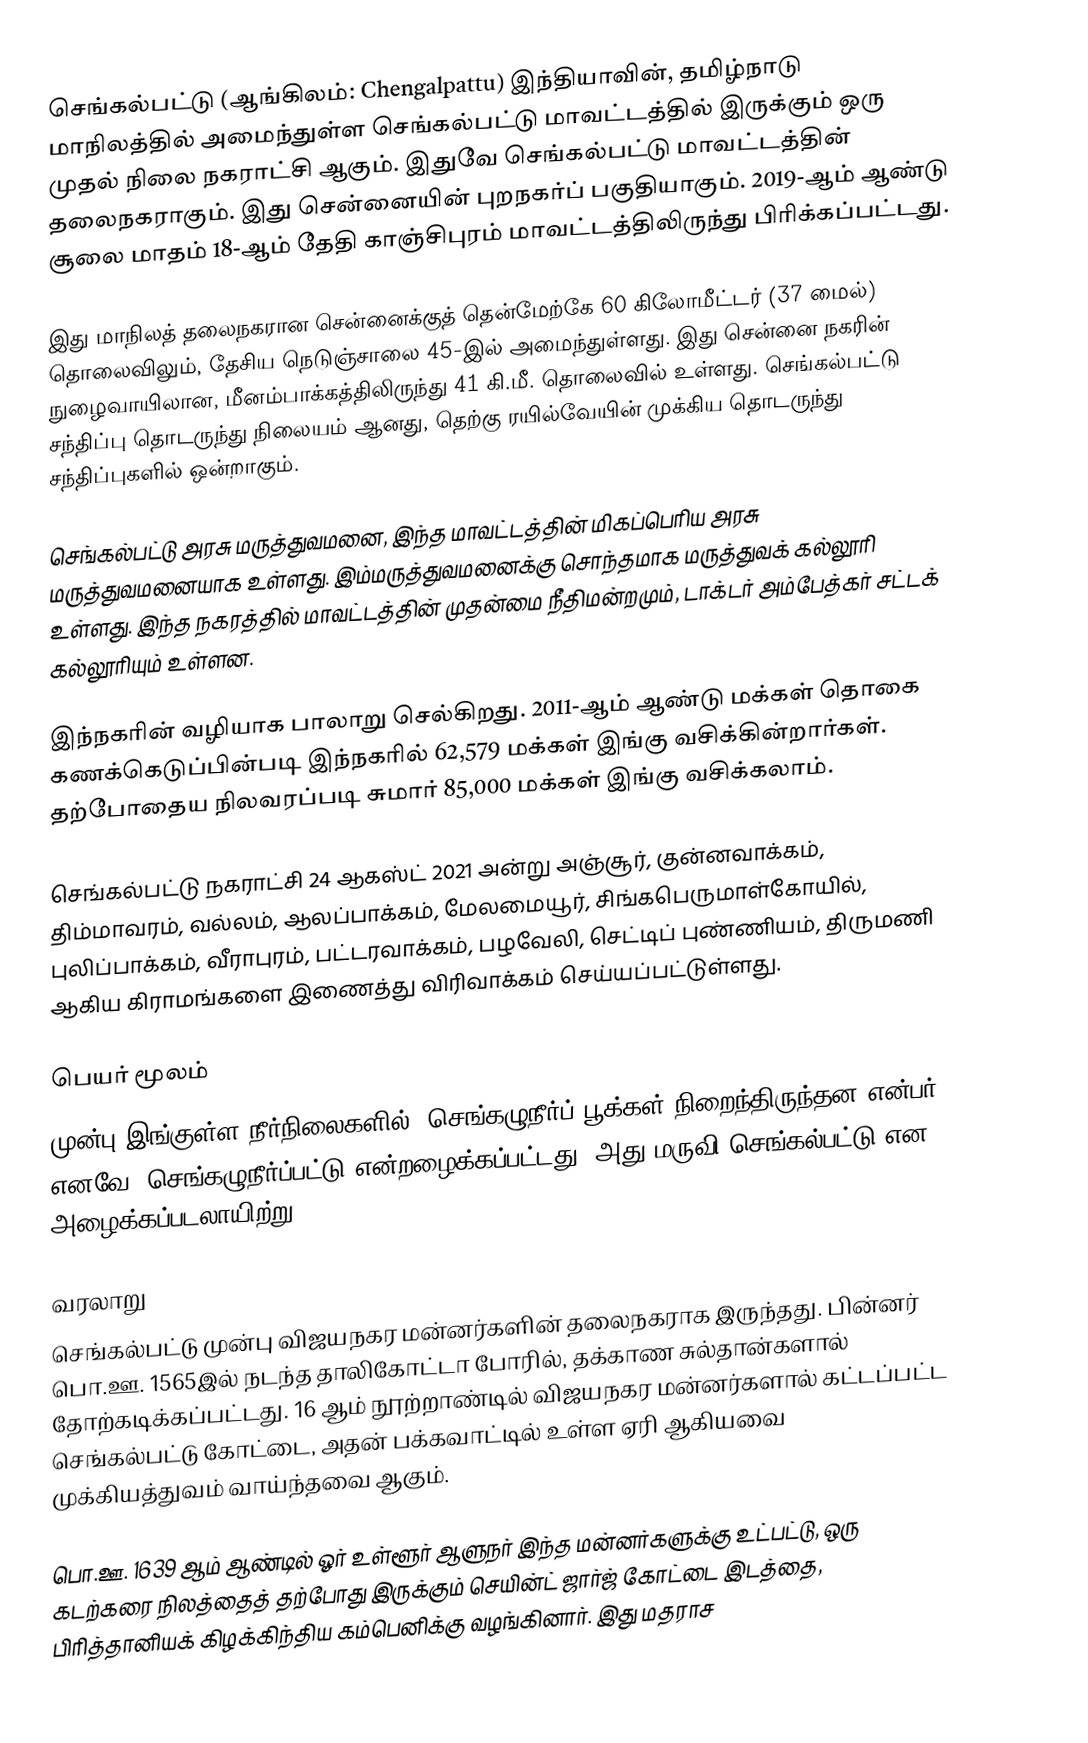
செங்கல்பட்டு (ஆங்கிலம்: Chengalpattu) இந்தியாவின், தமிழ்நாடு மாநிலத்தில் அமைந்துள்ள செங்கல்பட்டு மாவட்டத்தில் இருக்கும் ஒரு முதல் நிலை நகராட்சி ஆகும். இதுவே செங்கல்பட்டு மாவட்டத்தின் தலைநகராகும். இது சென்னையின் புறநகர்ப் பகுதியாகும். 2019-ஆம் ஆண்டு சூலை மாதம் 18-ஆம் தேதி காஞ்சிபுரம் மாவட்டத்திலிருந்து பிரிக்கப்பட்டது.

இது மாநிலத் தலைநகரான சென்னைக்குத் தென்மேற்கே 60 கிலோமீட்டர் (37 மைல்) தொலைவிலும், தேசிய நெடுஞ்சாலை 45-இல் அமைந்துள்ளது. இது சென்னை நகரின் நுழைவாயிலான, மீனம்பாக்கத்திலிருந்து 41 கி.மீ. தொலைவில் உள்ளது. செங்கல்பட்டு சந்திப்பு தொடருந்து நிலையம் ஆனது, தெற்கு ரயில்வேயின் முக்கிய தொடருந்து சந்திப்புகளில் ஒன்றாகும்.

செங்கல்பட்டு அரசு மருத்துவமனை, இந்த மாவட்டத்தின் மிகப்பெரிய அரசு மருத்துவமனையாக உள்ளது. இம்மருத்துவமனைக்கு சொந்தமாக மருத்துவக் கல்லூரி உள்ளது. இந்த நகரத்தில் மாவட்டத்தின் முதன்மை நீதிமன்றமும், டாக்டர் அம்பேத்கர் சட்டக் கல்லூரியும் உள்ளன.

இந்நகரின் வழியாக பாலாறு செல்கிறது. 2011-ஆம் ஆண்டு மக்கள் தொகை கணக்கெடுப்பின்படி இந்நகரில் 62,579 மக்கள் இங்கு வசிக்கின்றார்கள். தற்போதைய நிலவரப்படி சுமார் 85,000 மக்கள் இங்கு வசிக்கலாம்.

செங்கல்பட்டு நகராட்சி 24 ஆகஸ்ட் 2021 அன்று அஞ்சூர், குன்னவாக்கம், திம்மாவரம், வல்லம், ஆலப்பாக்கம், மேலமையூர், சிங்கபெருமாள்கோயில், புலிப்பாக்கம், வீராபுரம், பட்டரவாக்கம், பழவேலி, செட்டிப் புண்ணியம், திருமணி ஆகிய கிராமங்களை இணைத்து விரிவாக்கம் செய்யப்பட்டுள்ளது.

பெயர் மூலம்
முன்பு இங்குள்ள நீர்நிலைகளில், செங்கழுநீர்ப் பூக்கள் நிறைந்திருந்தன என்பர். எனவே, செங்கழுநீர்ப்பட்டு என்றழைக்கப்பட்டது. அது மருவி செங்கல்பட்டு என அழைக்கப்படலாயிற்று.

வரலாறு
செங்கல்பட்டு முன்பு விஜயநகர மன்னர்களின் தலைநகராக இருந்தது. பின்னர் பொ.ஊ. 1565இல் நடந்த தாலிகோட்டா போரில், தக்காண சுல்தான்களால் தோற்கடிக்கப்பட்டது. 16 ஆம் நூற்றாண்டில் விஜயநகர மன்னர்களால் கட்டப்பட்ட செங்கல்பட்டு கோட்டை, அதன் பக்கவாட்டில் உள்ள ஏரி ஆகியவை முக்கியத்துவம் வாய்ந்தவை ஆகும்.

பொ.ஊ. 1639 ஆம் ஆண்டில்  ஓர் உள்ளூர் ஆளுநர் இந்த மன்னர்களுக்கு உட்பட்டு, ஒரு கடற்கரை நிலத்தைத் தற்போது இருக்கும் செயின்ட் ஜார்ஜ் கோட்டை இடத்தை, பிரித்தானியக் கிழக்கிந்திய கம்பெனிக்கு வழங்கினார். இது மதராச